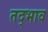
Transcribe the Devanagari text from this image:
तद्भाव